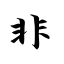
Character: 非